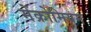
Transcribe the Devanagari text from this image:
मेंक्रोमियम